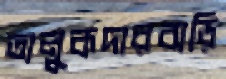
তালুকদারবাড়ি